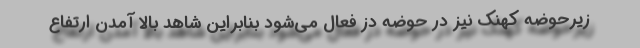
زیرحوضه کهنک نیز در حوضه دز فعال می‌شود بنابراین شاهد بالا آمدن ارتفاع